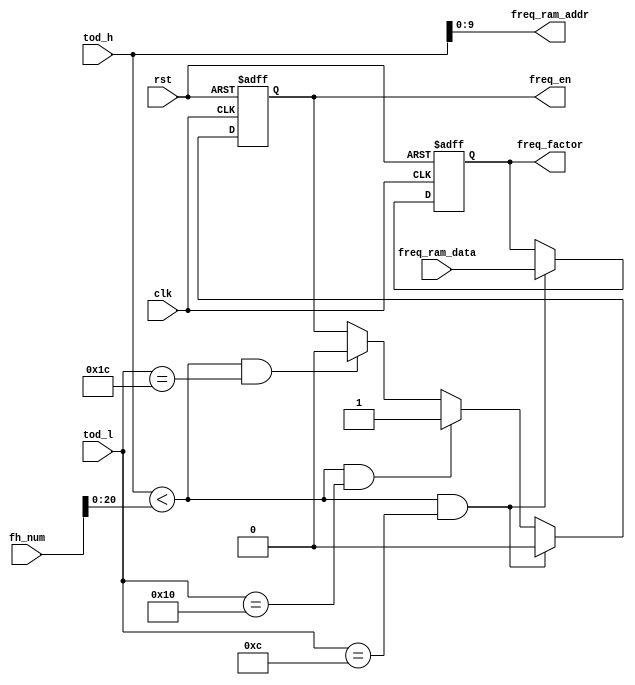
module tx_fh(

input  clk,
input  rst,

input  [31:0] fh_num,           //the hopping number register

input  [20:0] tod_h,
input  [10:0]  tod_l,

output [9:0]  freq_ram_addr,    // output address for frequency
input  [31:0] freq_ram_data,    // input for frequency control words
 
output reg [31:0] freq_factor,  // output for frequency contorl words
output reg freq_en              // valid signal for frequency control words

);
  
  
assign freq_ram_addr = tod_h[9:0];
  
//assign freq_ram_addr = (tod_h < fh_num[20:0]) ? tod_h[9:0] : 10'd0;      // generate address for frequency tabletod_h is the count for hooping frequency

//assign freq_ram_addr = (tod_h[9:0] < 10'd32) ? 10'd0 : ((tod_h[9:0] < 10'd40 && tod_h[9:0] >= 10'd32) ? 10'd32 : 10'd40);
//assign freq_ram_addr = (tod_h[9:0] < 10'd100) ? 10'd0 : ((tod_h[9:0] < 10'd250 && tod_h[9:0] >= 10'd100) ? 10'd32 : 10'd40);
//323340(data part we take the fourth)
//
//assign freq_ram_addr =  10'd0;
always @(posedge clk or posedge rst)
begin
    if(rst)
        begin
        freq_factor <= 32'd0;
        freq_en <= 1'b0; 		
        end
    else
        begin                                                   //AD9957AD9957														
         if((tod_h < fh_num[20:0]) && (tod_l == 11'd12))        //100nsspi     
            begin											    //10M
            freq_factor <= freq_ram_data;						//1012.5ns
            freq_en <= 1'b0;//frequency control words load enable, we must ensure this signal is valid for 100ns,that is 10MHz
            end
		
		 else if((tod_h < fh_num[20:0]) && (tod_l == 11'd16))          
            begin											   
            freq_factor <= freq_factor;
            freq_en <= 1'b1;
            end
			
		 else if((tod_h < fh_num[20:0]) && (tod_l == 11'd28))          
            begin											   
            freq_factor <= freq_factor;
            freq_en <= 1'b0;
            end	
			
//00          
		 // else if((tod_h == fh_num[20:0]) && (tod_l == 11'd13))							         
            // begin											   
				// freq_factor <= 32'd0;
				// freq_en <= 1'b1;
            // end
		 // else if((tod_h == fh_num[20:0]) && (tod_l == 11'd22))							        
            // begin											   
				// freq_factor <= 32'd0;
				// freq_en <= 1'b0;
            // end
		 else
            begin
            freq_factor <= freq_factor;
            freq_en <= freq_en;
            end
        end
end


endmodule